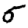
Digit: 5